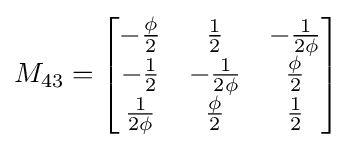
M_{43}={\begin{bmatrix}-{\frac {\phi }{2}}&{\frac {1}{2}}&-{\frac {1}{2\phi }}\\-{\frac {1}{2}}&-{\frac {1}{2\phi }}&{\frac {\phi }{2}}\\{\frac {1}{2\phi }}&{\frac {\phi }{2}}&{\frac {1}{2}}\end{bmatrix}}